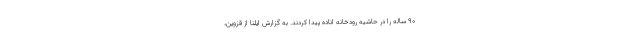
۹۰ ساله را در حاشیه رودخانه اناده پیدا کردند. به گزارش ایلنا از قزوین،